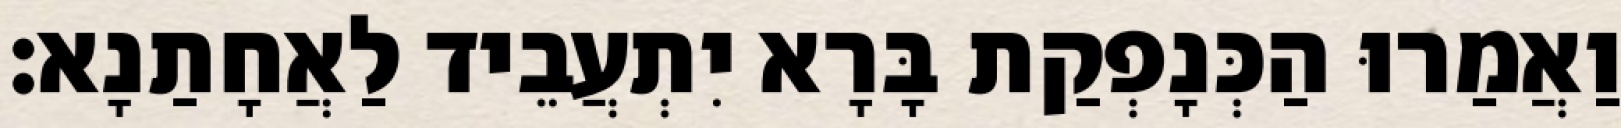
וַאֲמַרוּ הַכְּנָפְקַת בָּרָא יִתְעֲבֵיד לַאֲחָתַנָא׃